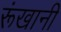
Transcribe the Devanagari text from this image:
रूंखानी